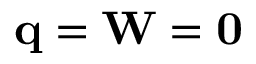
\mathbf { q } = \mathbf { W } = \mathbf { 0 }